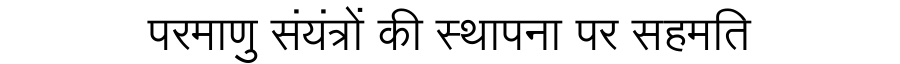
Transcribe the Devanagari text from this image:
परमाणु संयंत्रों की स्थापना पर सहमति